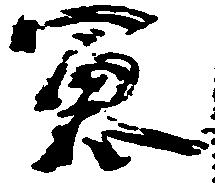
憲